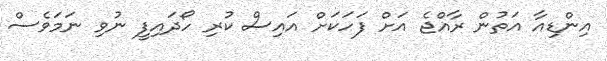
އިންޑިއާ އަތުން ރާއްޖެ އަށް ފަހަކަށް އައިސް ކުރި ހޯދައިފީ ނުވި ނަމަވެސް